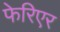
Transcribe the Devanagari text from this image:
फेरिएर